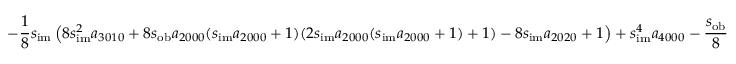
- \frac { 1 } { 8 } s _ { \mathrm { i m } } \left( 8 s _ { \mathrm { i m } } ^ { 2 } a _ { 3 0 1 0 } + 8 s _ { \mathrm { o b } } a _ { 2 0 0 0 } ( s _ { \mathrm { i m } } a _ { 2 0 0 0 } + 1 ) ( 2 s _ { \mathrm { i m } } a _ { 2 0 0 0 } ( s _ { \mathrm { i m } } a _ { 2 0 0 0 } + 1 ) + 1 ) - 8 s _ { \mathrm { i m } } a _ { 2 0 2 0 } + 1 \right) + s _ { \mathrm { i m } } ^ { 4 } a _ { 4 0 0 0 } - \frac { s _ { \mathrm { o b } } } { 8 }